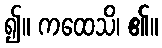
၍။ ကထေသိ၊ ၏။